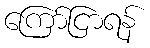
ကြော်ငြာရန်